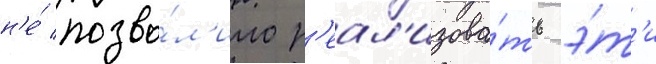
н'е́ позво́л'ило р'еал'изова́ть э́т'и